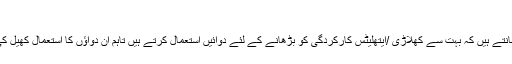
محمد احمد - سَمت
کھیلوں کی دنیا سے وابستہ لوگ جانتے ہیں کہ بہت سے کھلاڑی /ایتھلیٹس کارکردگی کو بڑھانے کے لئے دوائیں استعمال کرتے ہیں تاہم ان دواؤں کا استعمال کھیل کی روح کے منافی سمجھا جاتا ہے۔